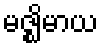
မဇ္ဈိမာယ